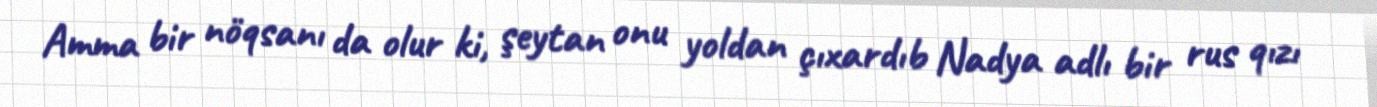
Amma bir nöqsanı da olur ki, şeytan onu yoldan çıxardıb Nadya adlı bir rus qızı